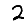
Digit: 2